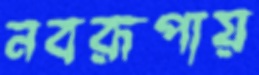
নবরূপায়